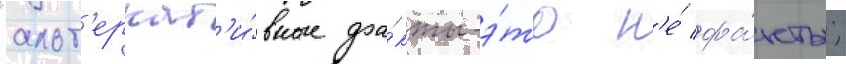
"альт'ернат'и́вные фа́кты-э́то н'е́ фа́кты;